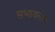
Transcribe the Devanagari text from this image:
सभावनाए